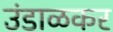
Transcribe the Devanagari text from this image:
उंडाळकर